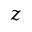
z